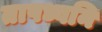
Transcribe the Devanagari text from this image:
तापध्वनि